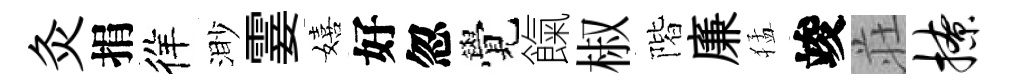
灸捐徉渺霎嬉好忽覺餼椒階廉猛竣荘撩